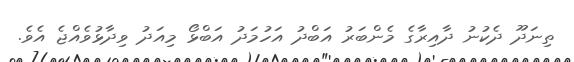
ތިނަދޫ ދެކުނު ދާއިރާގެ މެންބަރު އަބްދު އަހުމަދު އަބްޅޯ މިއަދު ވިދާޅުވެއްޖެ އެވެ.